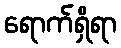
ရောက်ရှိရာ